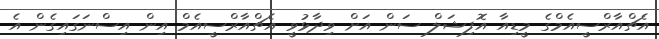
އެޗްއާރްސީއެމްގެ މީޑިއާ އޮފިޝަލް ސަން އަށް ވިދާޅުވީ އެޗްއާރްސީއެމް އިން އިސްނަގައިގެން އެ